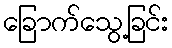
ခြောက်သွေ့ခြင်း